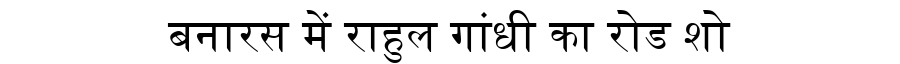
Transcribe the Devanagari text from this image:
बनारस में राहुल गांधी का रोड शो